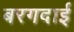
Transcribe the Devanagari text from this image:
बरगदाई